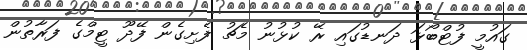
ގައުމީ ފުޓްބޯޅަ ދަނޑުގައި ރޭ ކުޅުނު މެޗު ފެށިގެން ފޭދޫ ޓީމްގެ ފަރާތުން